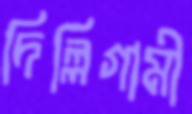
দিল্লিগামী